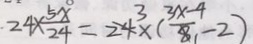
2 4 \times \frac { 5 x } { 2 4 } = 2 4 \times ( \frac { 3 x - 4 } { 8 } - 2 )